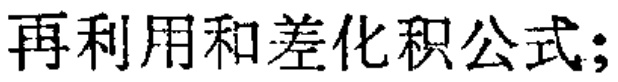
再利用和差化积公式;